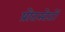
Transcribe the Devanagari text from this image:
प्रोटस्टेटों